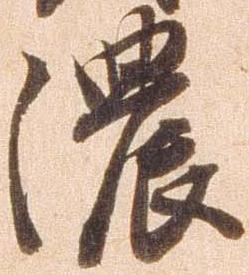
濃